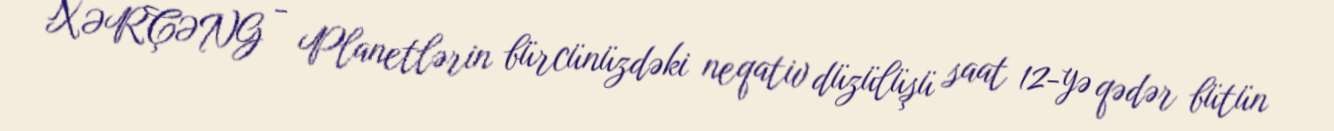
XƏRÇƏNG - Planetlərin bürcünüzdəki neqativ düzülüşü saat 12-yə qədər bütün